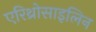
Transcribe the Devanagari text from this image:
एरिथ्रोसाइलिन